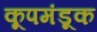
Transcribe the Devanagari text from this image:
कूपमंडूक